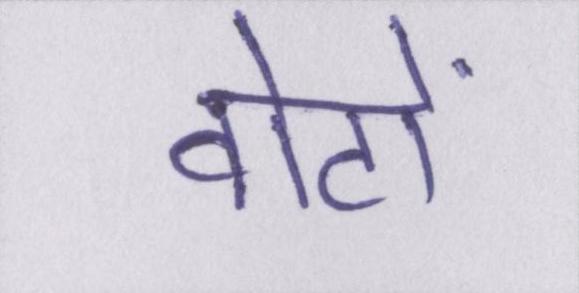
वोटों